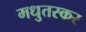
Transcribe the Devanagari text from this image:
मधुतस्कर